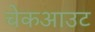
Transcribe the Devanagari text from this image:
चेकआउट